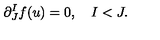
\partial _ { J } ^ { I } f ( u ) = 0 , \quad I < J .